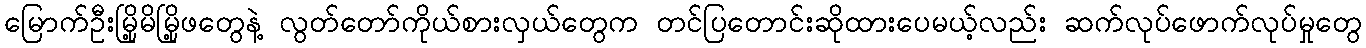
မြောက်ဦးမြို့မိမြို့ဖတွေနဲ့ လွတ်တော်ကိုယ်စားလှယ်တွေက တင်ပြတောင်းဆိုထားပေမယ့်လည်း ဆက်လုပ်ဖောက်လုပ်မှုတွေ